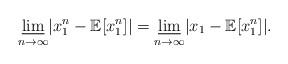
LaTeX: \begin{align*}\underset{n\rightarrow \infty}{\varliminf}\vert x_1^n-\mathbb{E}[x^n_1]\vert=\underset{n\rightarrow \infty}{\varliminf}\vert x_1-\mathbb{E}[x^n_1]\vert.\end{align*}